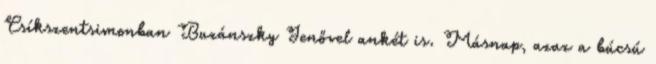
Csíkszentsimonban Buzánszky Jenővel ankét is. Másnap, azaz a búcsú